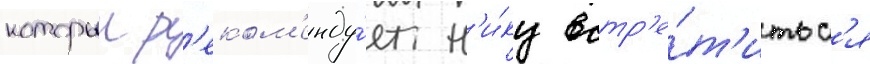
которыи р'еком'енду́ет н'и́ку встр'е́т'итьс'я